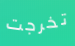
تخرجت